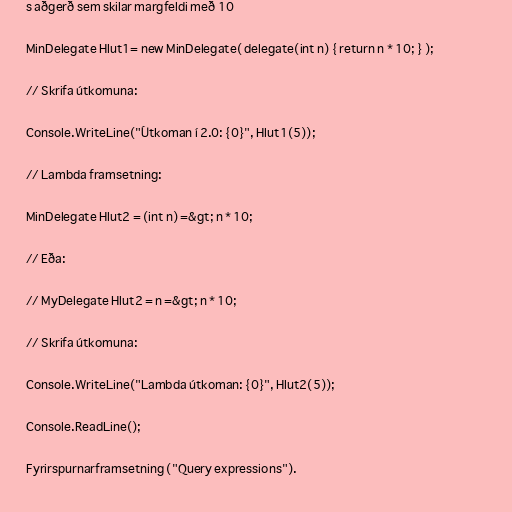
s aðgerð sem skilar margfeldi með 10

MinDelegate Hlut1= new MinDelegate( delegate(int n) { return n * 10; } );

// Skrifa útkomuna:

Console.WriteLine("Útkoman í 2.0: {0}", Hlut1(5));

// Lambda framsetning:

MinDelegate Hlut2 = (int n) =&gt; n * 10;

// Eða:

// MyDelegate Hlut2 = n =&gt; n * 10;

// Skrifa útkomuna:

Console.WriteLine("Lambda útkoman: {0}", Hlut2(5));

Console.ReadLine();

Fyrirspurnarframsetning ("Query expressions").